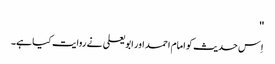
''
اِس حدیث کو امام احمد اور ابو یعلی نے روایت کیا ہے۔